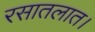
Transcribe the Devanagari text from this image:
रसातलात।